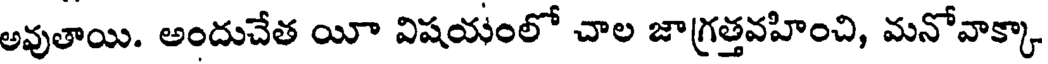
అవుతాయి. అందుచేత యీ విషయంలో చాల జాగ్రత్తవహించి, మనోవాక్కా